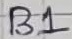
Text: B1